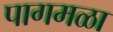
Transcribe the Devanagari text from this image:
पागमळा